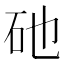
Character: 𥐨